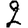
Digit: 2